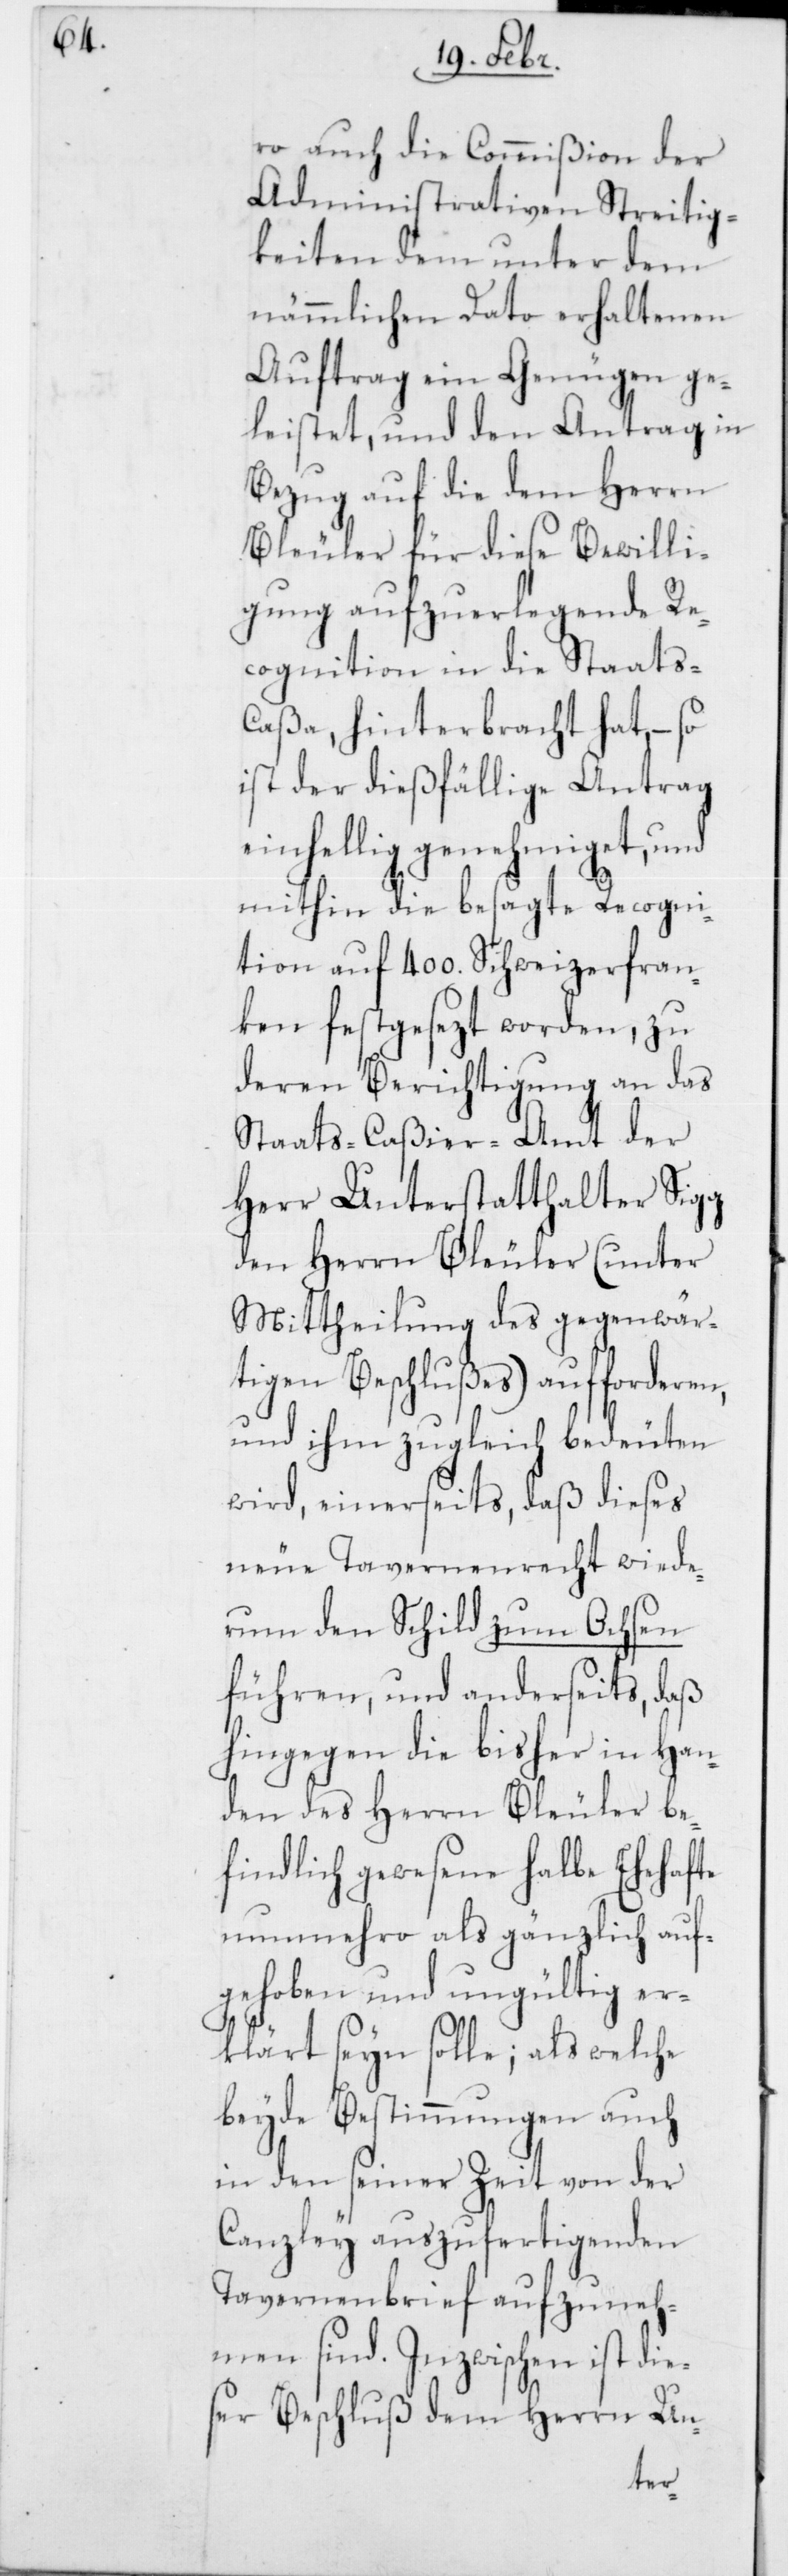
ro auch die Commißion der
Administrativen Streitig¬
keiten dem unter dem
nämmlichen Dato erhaltenen
Auftrag ein Genügen ge¬
leistet, und den Antrag in
Bezug auf die dem Herrn
Bleuler für diese Bewilli¬
gung aufzuerlegende Re¬
cognition in die Staats-C¬
aßa, hinterbracht hat, – so
ist der dießfällige Antrag
einhellig genehmiget, und
mithin die besagte Recogni¬
tion auf 400. Schweizerfran¬
ken festgesezt worden, zu
deren Berichtigung an das
Staats-Caßier-Amt der
Herr Unterstatthalter Sigg
den Herrn Bleuler (unter
Mittheilung des gegenwär¬
tigen Beschlußes) aufforderen,
und ihm zugleich bedeuten
wird, einerseits, daß dieses
neue Tavernenrecht wiede¬
rum den Schild zum Ochsen
führen, und anderseits, daß
hingegen die bisher in Han¬
den des Herrn Bleuler be¬
findlich gewesene halbe Ehehafte
nunmehro als gänzlich auf¬
gehoben und ungültig er¬
klärt seyn solle; als welche
beyde Bestimmungen auch
in den seiner Zeit von der
Canzley auszufertigenden
Tavernenbrief aufzuneh¬
men sind. Inzwischen ist die¬
ser Beschluß dem Herrn Un-